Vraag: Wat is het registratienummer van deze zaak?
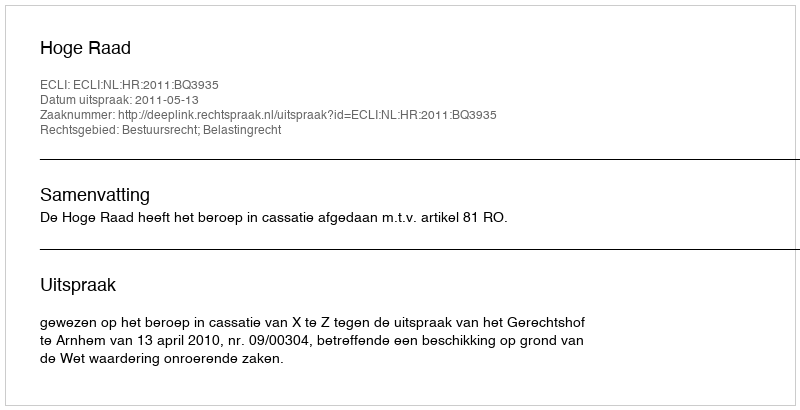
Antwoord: http://deeplink.rechtspraak.nl/uitspraak?id=ECLI:NL:HR:2011:BQ3935